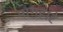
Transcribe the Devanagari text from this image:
भागहारे